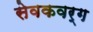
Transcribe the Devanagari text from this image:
सेवकवर्ग